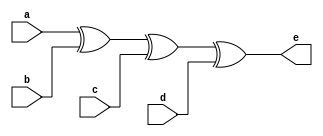
`timescale 1ns / 1ps
//////////////////////////////////////////////////////////////////////////////////
// Company: 
// Engineer: 
// 
// Design Name: 
// Module Name: pbg1
// Project Name: 
// Target Devices: 
// Tool Versions: 
// Description: 
// 
// Dependencies: 
// 
// Revision:
// Revision 0.01 - File Created
// Additional Comments:
// 
//////////////////////////////////////////////////////////////////////////////////


module pbg1(
input a,b,c,d,
output e

    );
    assign e = a^b^c^d;
endmodule